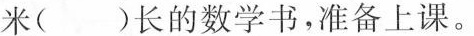
\underline{米}( )长的数学书，准备上课。